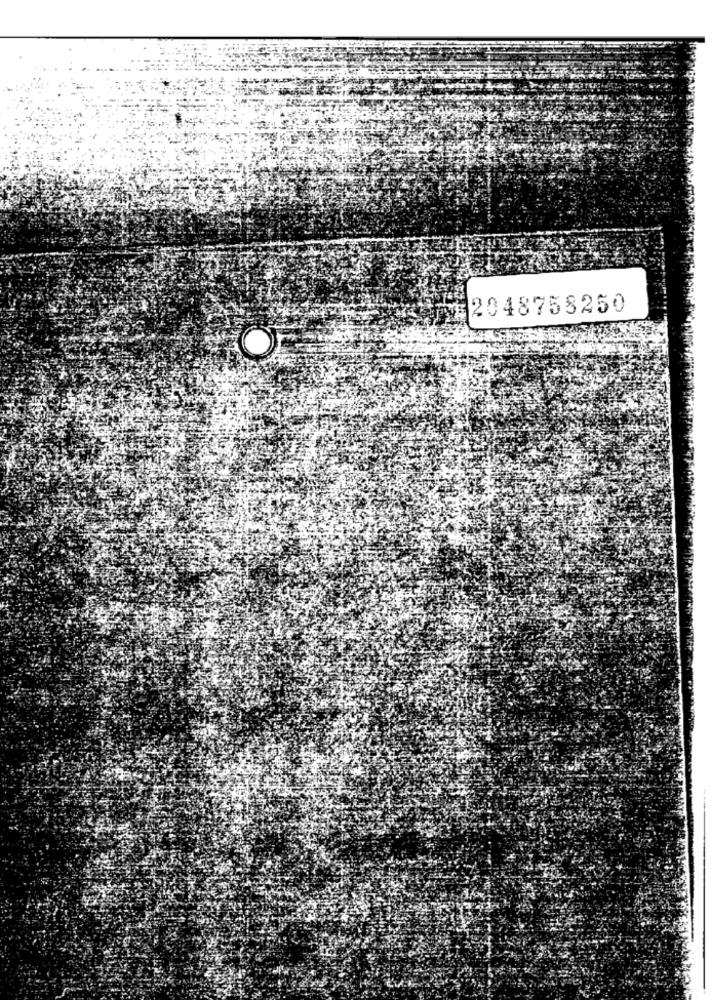
2048758250